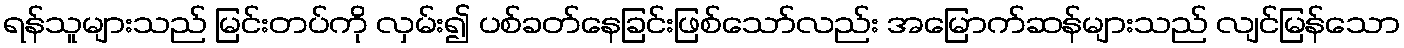
ရန်သူများသည် မြင်းတပ်ကို လှမ်း၍ ပစ်ခတ်နေခြင်းဖြစ်သော်လည်း အမြောက်ဆန်များသည် လျင်မြန်သော